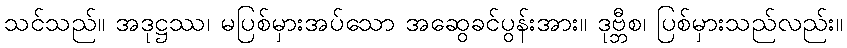
သင်သည်။ အဒုဋ္ဌဿ၊ မပြစ်မှားအပ်သော အဆွေခင်ပွန်းအား။ ဒုဗ္ဘီစ၊ ပြစ်မှားသည်လည်း။